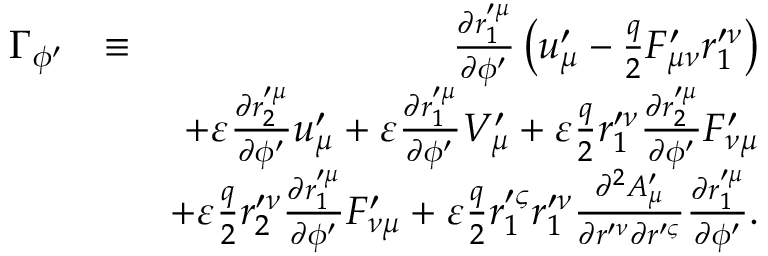
\begin{array} { r l r } { \Gamma _ { \phi ^ { \prime } } } & { \equiv } & { \frac { \partial r _ { 1 } ^ { \prime \mu } } { \partial \phi ^ { \prime } } \left( u _ { \mu } ^ { \prime } - \frac { q } { 2 } F _ { \mu \nu } ^ { \prime } r _ { 1 } ^ { \prime \nu } \right) } \\ & { } & { + \varepsilon \frac { \partial r _ { 2 } ^ { \prime \mu } } { \partial \phi ^ { \prime } } u _ { \mu } ^ { \prime } + \varepsilon \frac { \partial r _ { 1 } ^ { \prime \mu } } { \partial \phi ^ { \prime } } V _ { \mu } ^ { \prime } + \varepsilon \frac { q } { 2 } r _ { 1 } ^ { \prime \nu } \frac { \partial r _ { 2 } ^ { \prime \mu } } { \partial \phi ^ { \prime } } F _ { \nu \mu } ^ { \prime } } \\ & { } & { + \varepsilon \frac { q } { 2 } r _ { 2 } ^ { \prime \nu } \frac { \partial r _ { 1 } ^ { \prime \mu } } { \partial \phi ^ { \prime } } F _ { \nu \mu } ^ { \prime } + \varepsilon \frac { q } { 2 } r _ { 1 } ^ { \prime \varsigma } r _ { 1 } ^ { \prime \nu } \frac { \partial ^ { 2 } A _ { \mu } ^ { \prime } } { \partial r ^ { \prime \nu } \partial r ^ { \prime \varsigma } } \frac { \partial r _ { 1 } ^ { \prime \mu } } { \partial \phi ^ { \prime } } . } \end{array}